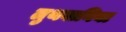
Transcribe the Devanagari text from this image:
लुथवानिया